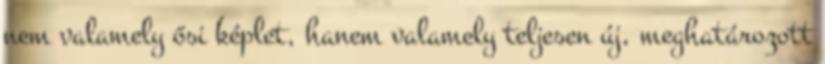
nem valamely ősi képlet, hanem valamely teljesen új, meghatározott